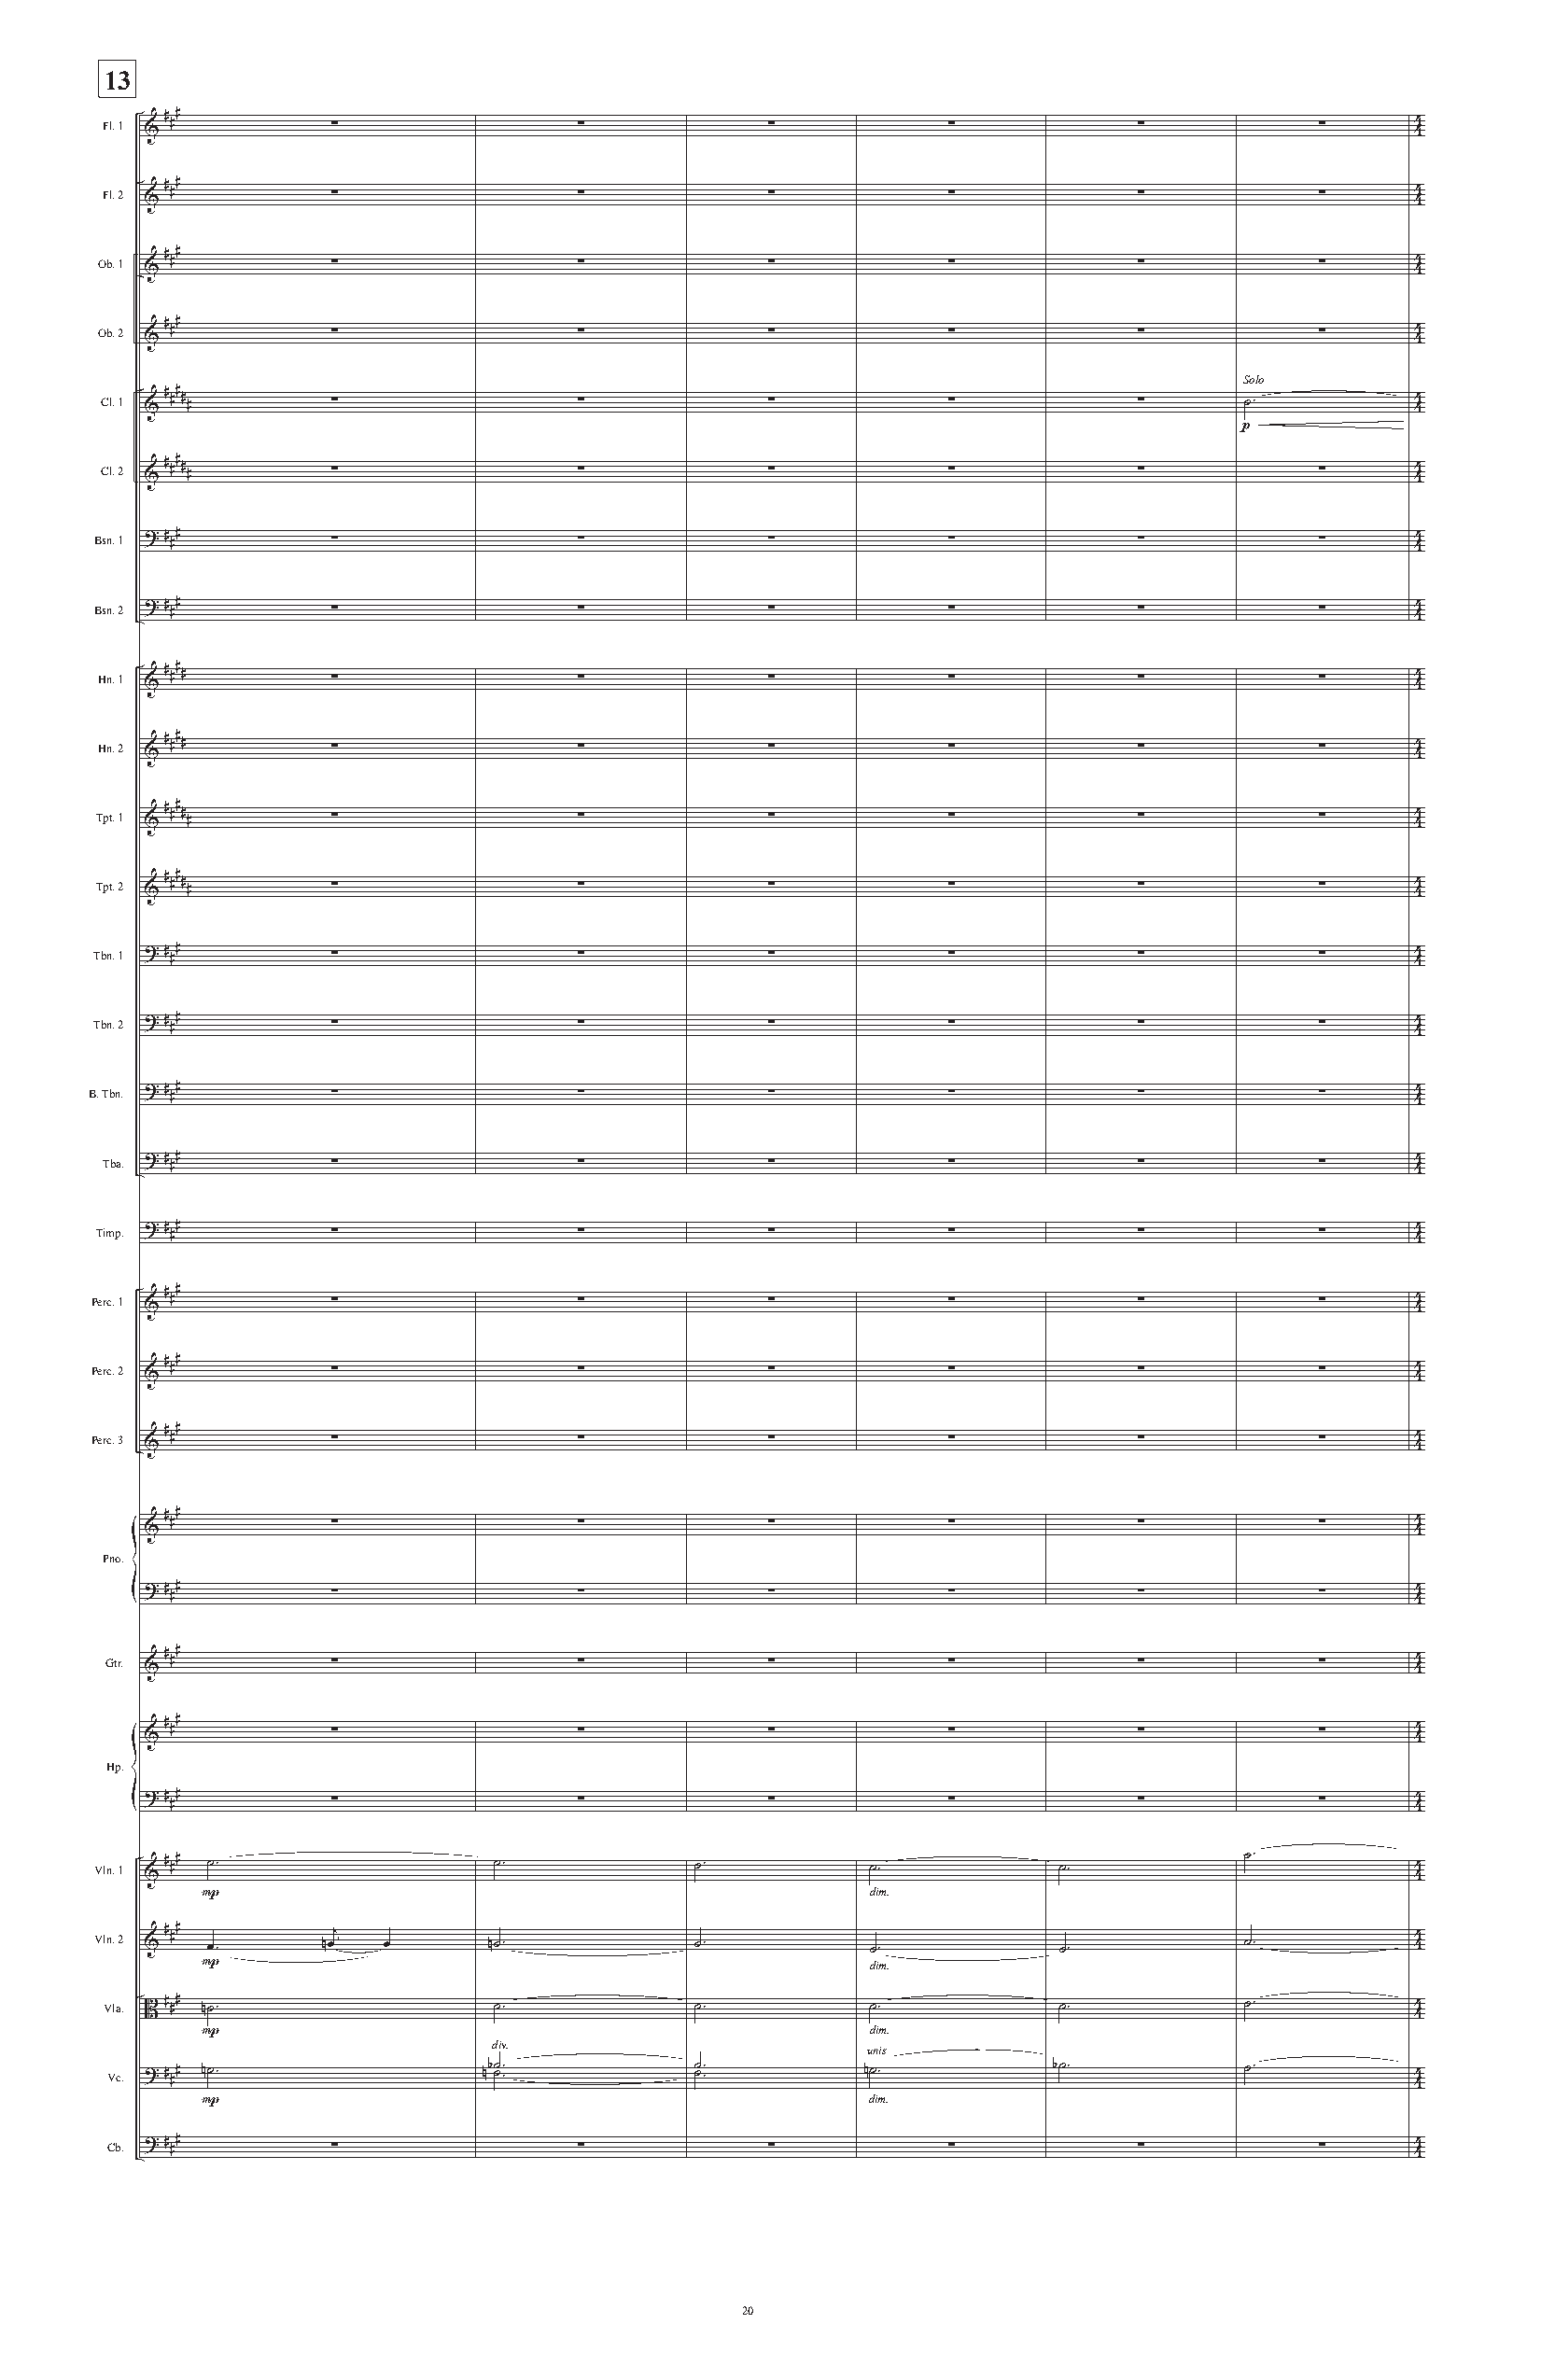
13
 Fl. 1 &# ##      ∑                ∑            ∑            ∑             ∑            ∑     44
 Fl. 2 &# ##      ∑                ∑            ∑            ∑             ∑            ∑     44
 Ob. 1 &# ##      ∑                ∑            ∑            ∑             ∑            ∑     44
 Ob. 2 &# ##      ∑                ∑            ∑            ∑             ∑            ∑     44
 Solo
 Cl. 1 &# ## # #  ∑                ∑            ∑            ∑             ∑      ˙.          44
 p
 Cl. 2 &# ## # #  ∑                ∑            ∑            ∑             ∑            ∑     44
 Bsn. 1 ?# ##     ∑                ∑            ∑            ∑             ∑            ∑     44
 Bsn. 2 ?# ##     ∑                ∑            ∑            ∑             ∑            ∑     44
 Hn. 1 &# ## #    ∑                ∑            ∑            ∑             ∑            ∑     44
 Hn. 2 &# ## #    ∑                ∑            ∑            ∑             ∑            ∑     44
 Tpt. 1 &# ## # # ∑                ∑            ∑            ∑             ∑            ∑     44
 Tpt. 2 &# ## # # ∑                ∑            ∑            ∑             ∑            ∑     44
 Tbn. 1 ?# ##     ∑                ∑            ∑            ∑             ∑            ∑     44
 Tbn. 2 ?# ##     ∑                ∑            ∑            ∑             ∑            ∑     44
 B. Tbn. ?# ##     ∑                ∑            ∑            ∑             ∑            ∑     44
 Tba. ?# ##       ∑                ∑            ∑            ∑             ∑            ∑     44
 Timp. ?# ##      ∑                ∑            ∑            ∑             ∑            ∑     44
 Perc. 1 &# ##     ∑                ∑            ∑            ∑             ∑            ∑     44
 Perc. 2 &# ##     ∑                ∑            ∑            ∑             ∑            ∑     44
 Perc. 3 &# ##     ∑                ∑            ∑            ∑             ∑            ∑     44
 &# ##         ∑                ∑            ∑            ∑             ∑            ∑     44
 Pno.
 ?# ##         ∑                ∑            ∑            ∑             ∑            ∑     44
 Gtr. &# ##      ∑                ∑            ∑            ∑             ∑            ∑     44
 &# ##         ∑                ∑            ∑            ∑             ∑            ∑     44
 Hp.
 ?# ##         ∑                ∑            ∑            ∑             ∑            ∑     44
 Vln. 1 # ## ˙.              ˙.            ˙.           ˙.           ˙.           ˙.          4
 &                                                                                         4
 dim.
 P
 Vln. 2 &# ##
 œ.
 nœj
 œ       n˙.           ˙.           ˙.           ˙.           ˙.
 44
 P                                               dim.
 Vla. B # ## n˙.             ˙.            ˙.           ˙.           ˙.           ˙.          44
 dim.
 P                    div.
 unis
 Vc. ?# ## n˙.             nb˙ ˙. .       ˙ ˙. .      n˙.           b˙.          ˙.          44
 dim.
 P
 Cb. ?# ##       ∑                ∑            ∑            ∑             ∑            ∑     44
 20